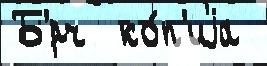
Б'́рч  ко́п'иjа